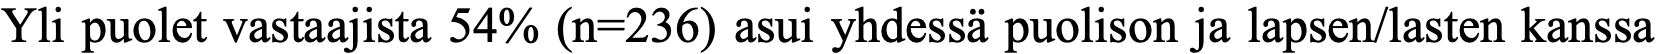
Yli puolet vastaajista 54% (n=236) asui yhdessä puolison ja lapsen/lasten kanssa